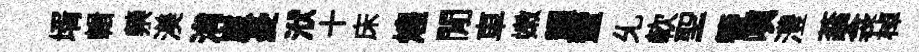
壻輯禜渼㳙崖憂洑十床煌閒車嫩耀蜑𠃔軟聖簮嗔澧蓊衾棹